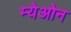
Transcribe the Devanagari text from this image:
म्येओन